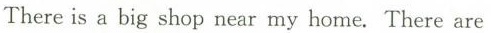
There is a big shop near my home. There are